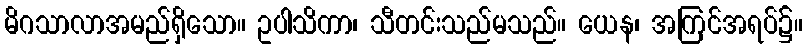
မိဂသာလာအမည်ရှိသော။ ဥပါသိကာ၊ သီတင်းသည်မသည်။ ယေန၊ အကြင်အရပ်၌။